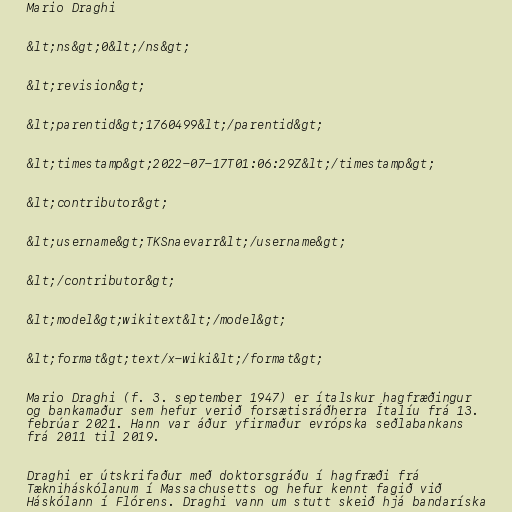
Mario Draghi

&lt;ns&gt;0&lt;/ns&gt;

&lt;revision&gt;

&lt;parentid&gt;1760499&lt;/parentid&gt;

&lt;timestamp&gt;2022-07-17T01:06:29Z&lt;/timestamp&gt;

&lt;contributor&gt;

&lt;username&gt;TKSnaevarr&lt;/username&gt;

&lt;/contributor&gt;

&lt;model&gt;wikitext&lt;/model&gt;

&lt;format&gt;text/x-wiki&lt;/format&gt;

Mario Draghi (f. 3. september 1947) er ítalskur hagfræðingur
og bankamaður sem hefur verið forsætisráðherra Ítalíu frá 13.
febrúar 2021. Hann var áður yfirmaður evrópska seðlabankans
frá 2011 til 2019.

Draghi er útskrifaður með doktorsgráðu í hagfræði frá
Tækniháskólanum í Massachusetts og hefur kennt fagið við
Háskólann í Flórens. Draghi vann um stutt skeið hjá bandaríska